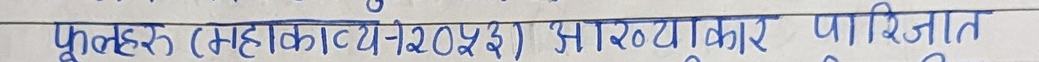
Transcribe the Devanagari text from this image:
फूलहरु (सहकारी ऐन २०४३) आरव्यकार पारिजात